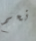
نعم